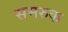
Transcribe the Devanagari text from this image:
समरुक